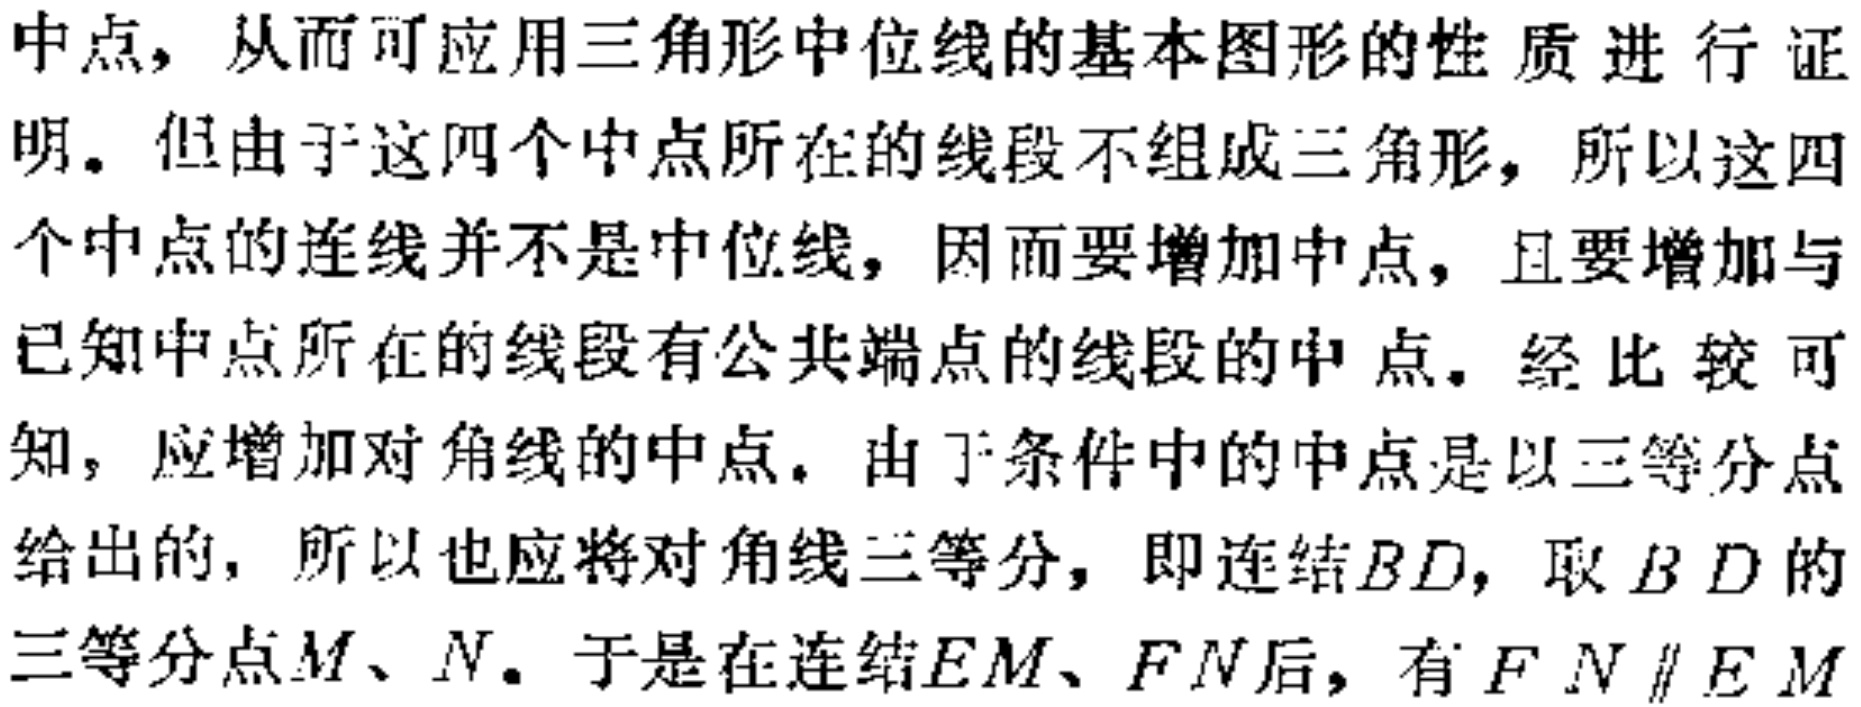
中点，从而可应用三角形中位线的基本图形的性质进行证明。但由于这四个中点所在的线段不组成三角形，所以这四个中点的连线并不是中位线，因而要增加中点，且要增加与已知中点所在的线段有公共端点的线段的中点。经比较可知，应增加对角线的中点。由于条件中的中点是以三等分点给出的，所以也应将对角线三等分，即连结\(BD\)，取\(BD\)的三等分点\(M\)、\(N\)。于是在连结\(EM\)、\(FN\)后，有\(FN\parallel EM\)